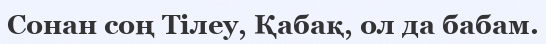
Сонан соң Тілеу, Қабақ, ол да бабам.